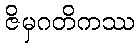
ဇိမှဂတိကဿ